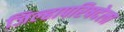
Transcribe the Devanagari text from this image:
जिल्हापरिषदेला